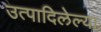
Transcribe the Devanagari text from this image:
उत्पादिलेल्या